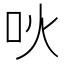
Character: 吙